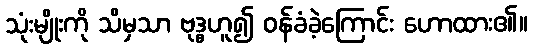
သုံးမျိုးကို သိမှသာ ဗုဒ္ဓဟူ၍ ဝန်ခံခဲ့ကြောင်း ဟောထား၏။